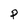
Character: P